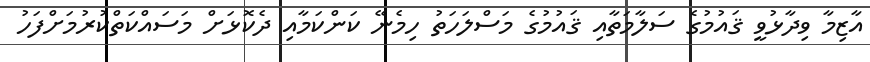
އާޒިމާ ވިދާޅުވީ ޤައުމުގެ ސަލާމަތާއި ޤައުމުގެ މަސްލަހަތު ހިމެނޭ ކަންކަމާއި ދެކޮޅަށް މަސައްކަތްކުރުމަށްފަހު